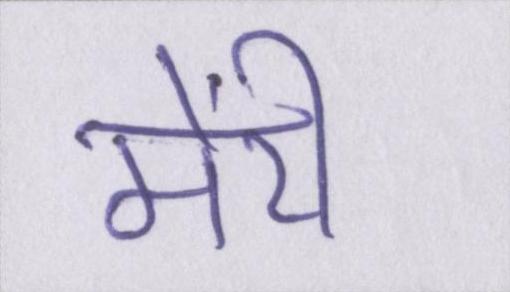
मेंरी